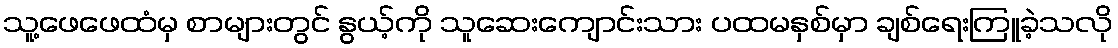
သူ့ဖေဖေထံမှ စာများတွင် နွယ့်ကို သူဆေးကျောင်းသား ပထမနှစ်မှာ ချစ်ရေးကြူခဲ့သလို